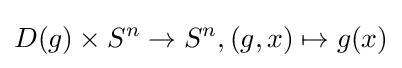
D(g)\times S^{n}\rightarrow S^{n},(g,x)\mapsto g(x)